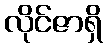
လိုင်ဇာရှိ